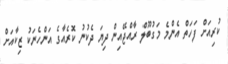
ކުރިއަށް ފަހަތް އެންމެ މަގުބޫލް ރާއްޖޭއިން ދިޔަ ދެކުނު ކޮރެއާގެ އަންހެނަކު ޒިކާއަށް